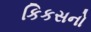
કિકસનો